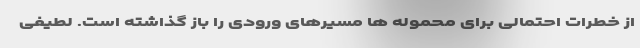
از خطرات احتمالی برای محموله ها مسیرهای ورودی را باز گذاشته است. لطیفی